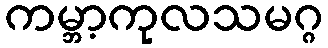
ကမ္ဘာ့ကုလသမဂ္ဂ